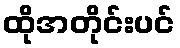
ထိုအတိုင်းပင်